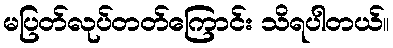
မပြတ်လုပ်တတ်ကြောင်း သိရပါတယ်။